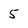
Character: 5